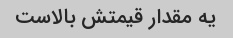
یه مقدار قیمتش بالاست